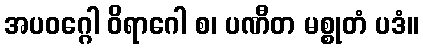
အပဝဂ္ဂေါ ဝိရာဂေါ စ၊ ပဏီတ မစ္စုတံ ပဒံ။